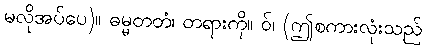
မလိုအပ်ပေ)။ ဓမ္မတတံ၊ တရားကို။ ဝ်၊ (ဤစကားလုံးသည်